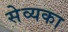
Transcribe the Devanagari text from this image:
सेव्यका